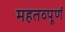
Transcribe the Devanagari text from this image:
महतव्पूर्ण